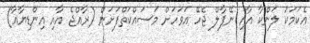
އެކަމަކު ލަންކާ އާއި ނޭޕާލް ޖެހޭ އަވަހަށް މަސައްކަތްފަށަން (ރާއްޖެ އާއި އިންޑިޔާއާ)